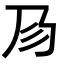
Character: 𢒀